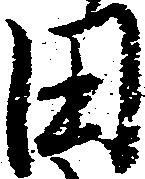
田